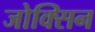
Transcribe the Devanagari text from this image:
जोक्सिन